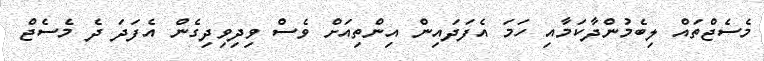
މެސެޖްތައް ލިބެމުންދާކަމާއި ހަމަ އެފަދައިން އިންތިއަށް ވެސް ވިދިވިދިގެން އެފަދަ ދެ މެސެޖް